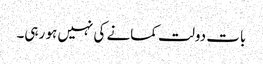
بات دولت کمانے کی نہیں ہو رہی۔